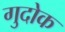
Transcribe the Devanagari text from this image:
गुदोक